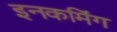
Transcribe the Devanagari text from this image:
इनकमिंग